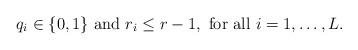
LaTeX: \begin{align*}q_i \in \{0, 1\} \mbox{ and } r_i \leq r-1, \mbox{ for all } i =1,\ldots, L .\end{align*}